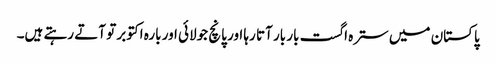
پاکستان میں سترہ اگست بار بار آتا رہا اور پانچ جولائی اور بارہ اکتوبر تو آتے رہتے ہیں۔